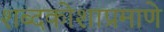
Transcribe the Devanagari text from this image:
शब्दकोशाप्रमाणे